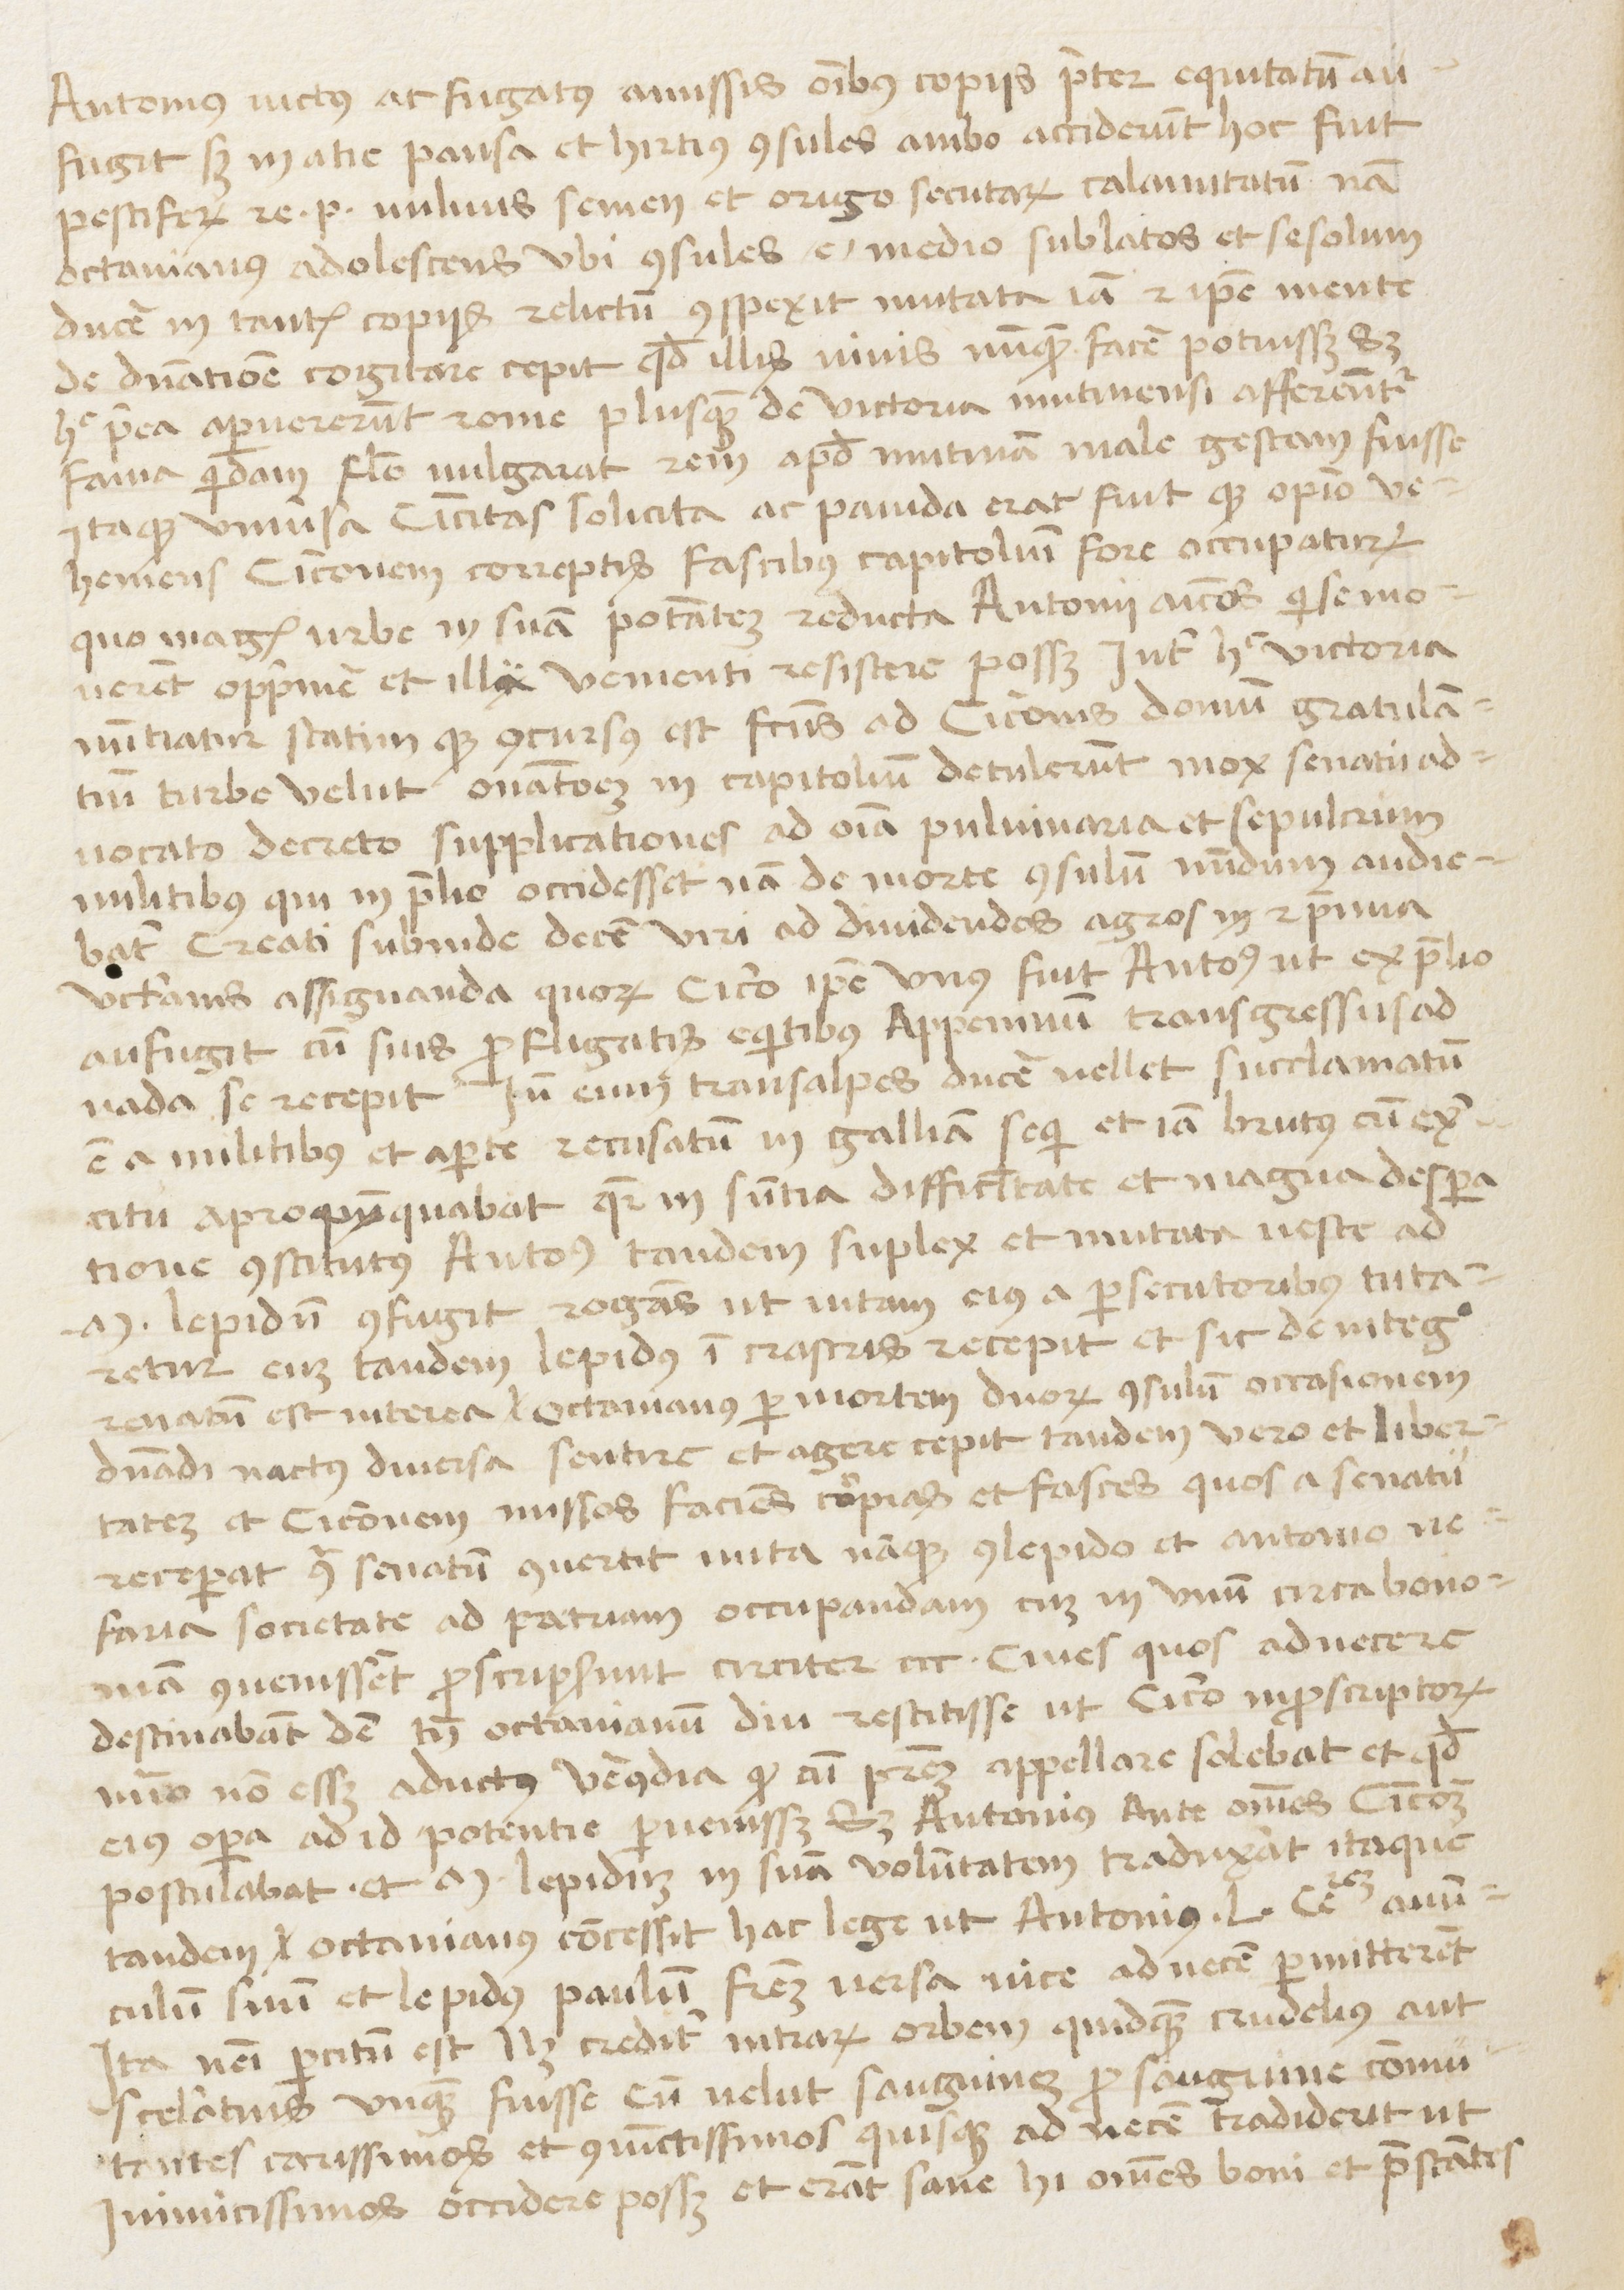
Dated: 1450–1474